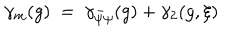
\gamma _ { m } ( g ) ~ = ~ \gamma _ { \bar { \psi } \psi } ( g ) + \gamma _ { 2 } ( g , \xi )